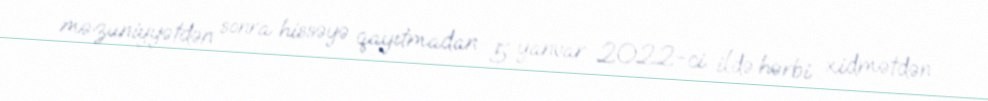
məzuniyyətdən sonra hissəyə qayıtmadan 5 yanvar 2022-ci ildə hərbi xidmətdən